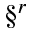
\S ^ { r }